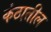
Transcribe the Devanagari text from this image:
कंठातील